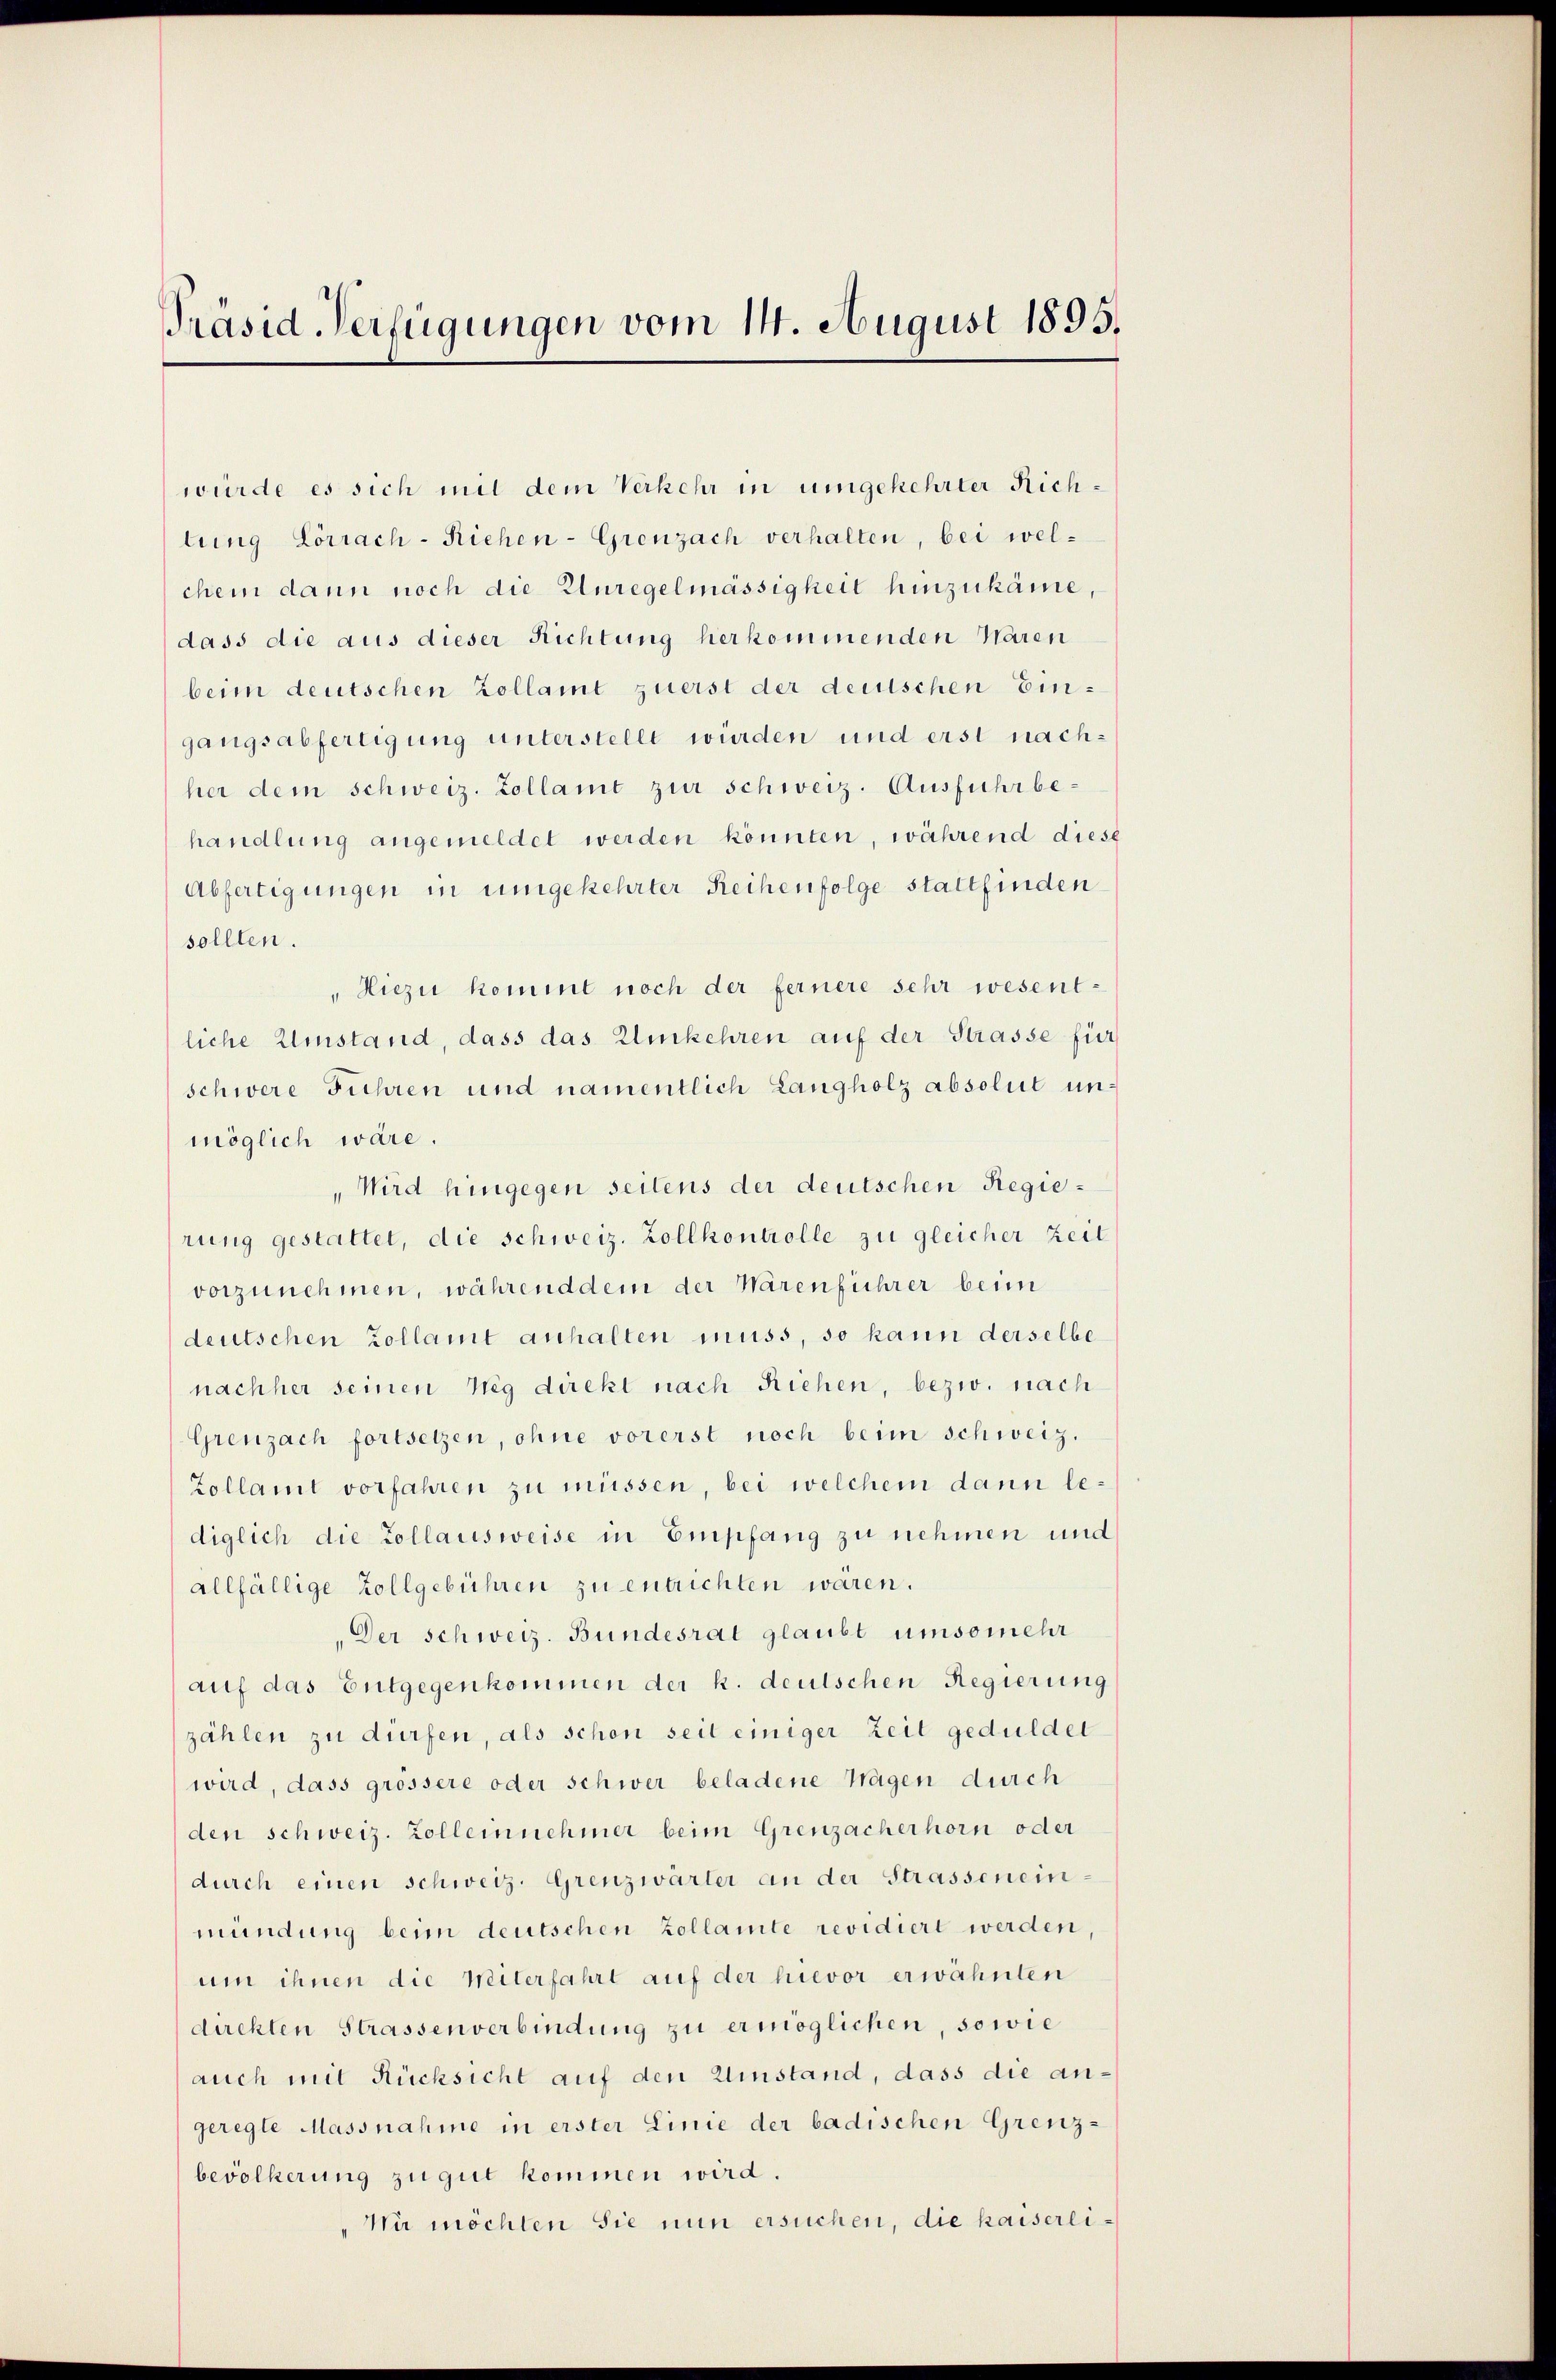
Präsid. Verfügungen vom 14. August 1895.

würde es sich mit dem Verkehr in umgekehrter Richtung Lörrach-Riehen-Greuzach verhalten, bei wel-
chem dann noch die Unregelmässigheit hinzukäme,
dass die aus dieser Richtung herkommenden Waren
beim deutschen Zollamt zuerst der deutschen Eingangsabfertigung unterstellt würden und erst nachher dem schweiz. Zollamt zur schweiz. Ausführ behandlung angemeldet werden könnten, während diese
Abfertigungen in umgekehrter Reihenfolge stattfinden
sollten.
"Hiezu kommt noch der fernere sehr wesentliche Umstand, dass das Umkehren auf der Strasse für
schwere Führen und namentlich Langholz absolut unmöglich wäre.
"Wird hingegen seitens der deutschen Regierung gestattet, die schweiz. Zollkontrolle zu gleicher Zeit
vorzunehmen, währenddem der Warenführer beim
deutschen Zollamt anhalten muss, so kann derselbe
nachher seinen Weg direkt nach Riehen, bezw. nach
Greuzach fortsetzen, ohne vorerst noch beim schweiz.
Zollamt vorfahren zu müssen, bei welchem dann lediglich die Zollausweise in Empfang zu nehmen und
allfällige Zollgebühren zu entrichten waren.
Der Schweiz. Bundesrat glaubt umsomehr
auf das Entgegenkommen der k. deutschen Regierung
zählen zu dürfen, als schon seit einiger Zeit geduldet
wird, dass grössere oder schwer beladene Wagen durch
den schweiz. Zollernehmer beim Greuzacherhorn oder
durch einen schweiz. Grenzwärter an der Strasseneinmündung beim deutschen Zollamte revidiert werden,
um ihnen die Weiterfahrt auf der hievor erwähnten
dachten Strassenverbindung zu ermöglichen, sowie
auch mit Rücksicht auf den Umstand, dass die angeregte Massnahme in erster Linie der badischen Grenz-
bevölkerung zu gut kommen wird.
Wir möchten Sie nun ersuchen, die kaiserli¬